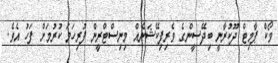
ވޯކް ޕާމިޓް ދޫކުރާނީ ބިދޭސީންގެ ވެރިފިކޭޝަނެއް މިނިސްޓްރީން ފުރިހަމަ ކުރުމަށް ފަހު އެވެ.